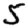
Digit: 5